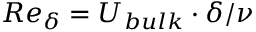
R e _ { \delta } = U _ { b u l k } \cdot \delta / \nu